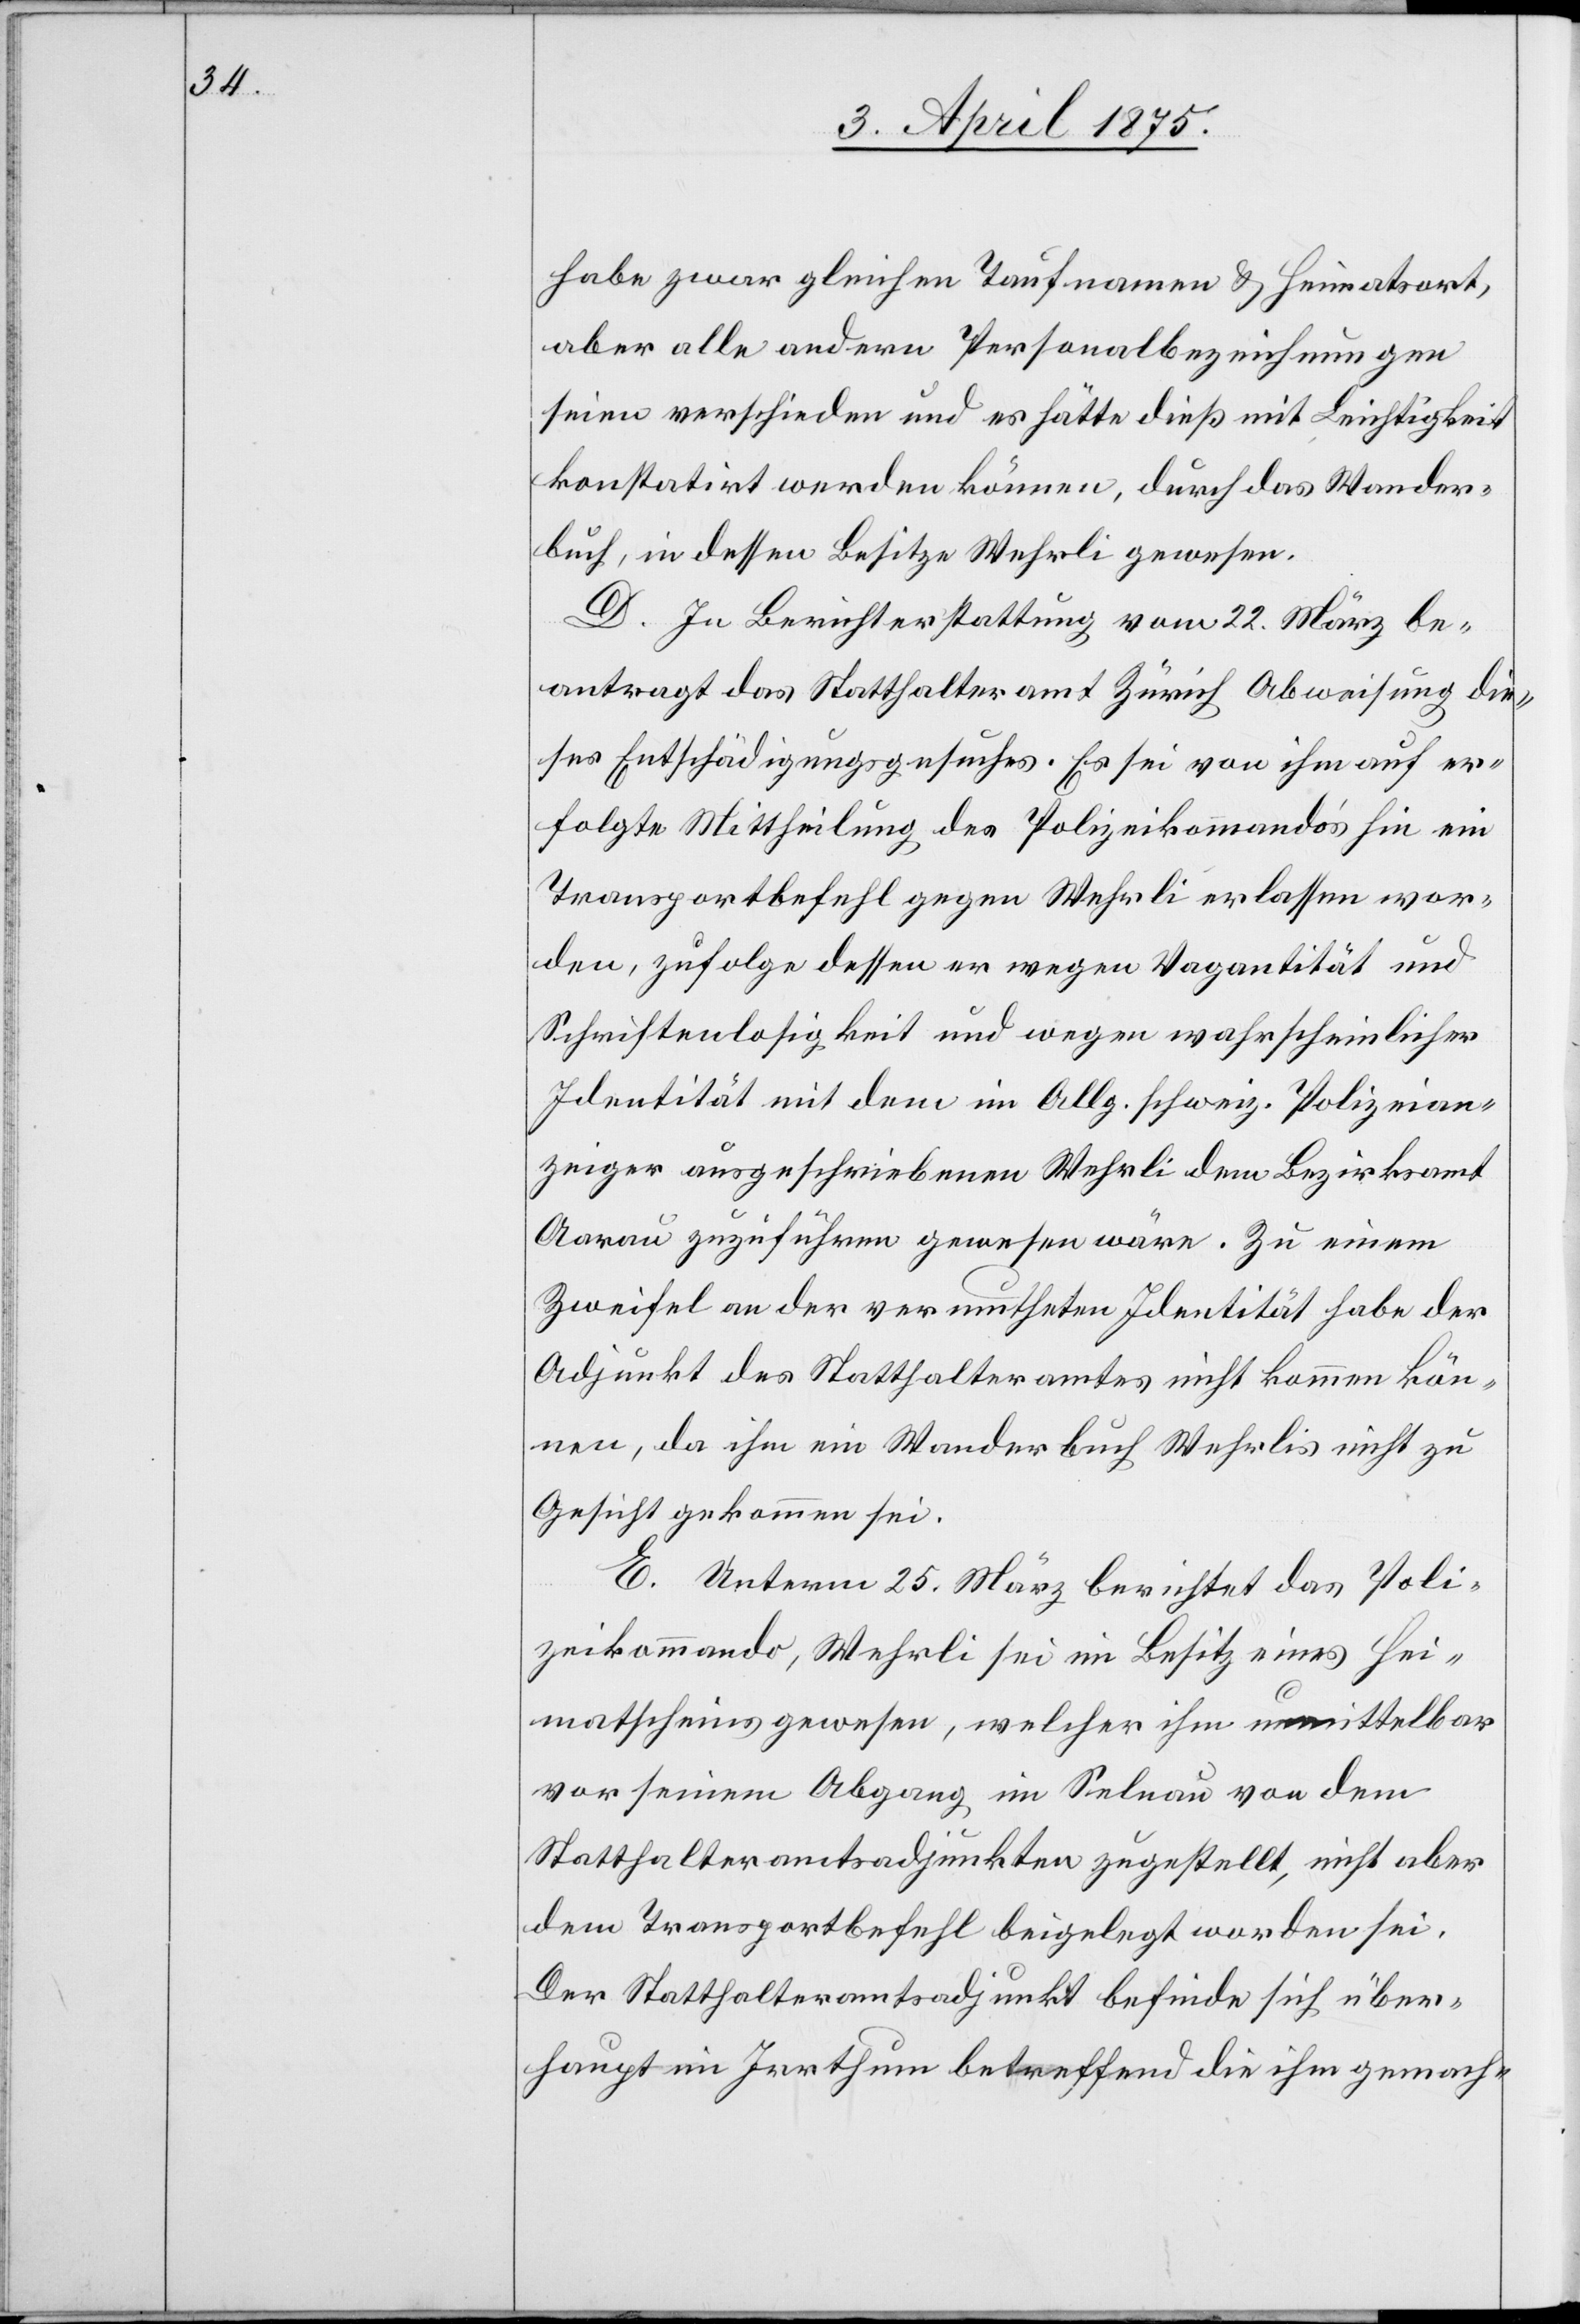
habe zwar gleichen Taufnamen & Heiratsort,
aber alle andern Personalbezeichnungen
seien verschieden und es hätte dieß mit Leichtigkeit
konstatirt werden können, durch das Wander¬
buch, in dessen Besitze Wehrli gewesen.
D. In Berichterstattung vom 22. März. be¬
antragt das Statthalteramt Zürich Abweisung die¬
ses Entschädigungsgesuches. Es sei von ihm auf er¬
folgte Mittheilung des Polizikommando’s hin ein
Transportbefehl gegen Wehrli erlassen wor¬
den, zufolge dessen er wegen Vagantität und
Schriftenlosigkeit und wegen wahrscheinlicher
Identität mit dem im Allg. schweiz. Polizeian¬
zeiger ausgeschriebenen Wehrli dem Bezirksamt
Aarau zuzuführen gewesen wäre. Zu einem
Zweifel an der vermutheten Identität habe der
Adjunkt des Statthalteramtes nicht kommen kön¬
nen, da ihm ein Wanderbuch Wehrlis nicht zu
Gesicht gekommen sei.
E. Unterm 25. März berichtet das Poli¬
zeikommando, Wehrli sei im Besitz eines Hei¬
matscheins gewesen, welcher ihm unmittelbar
vor seinem Abgang in Selnau von dem
Statthalteramtsadjunkten zugestellt, nicht aber
dem Transportbefehl beigelegt worden sei.
Der Statthalteradjunkt befinde sich über¬
haupt im Irrthum betreffend die ihm gemach-